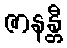
ဇာနန္တီ